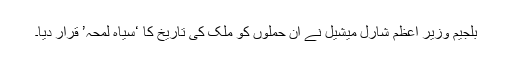
بلجیم وزیرِ اعظم شارل میشیل نے ان حملوں کو ملک کی تاریخ کا ‘سیاہ لمحہ’ قرار دیا۔